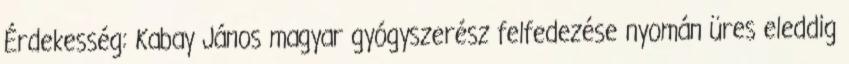
Érdekesség: Kabay János magyar gyógyszerész felfedezése nyomán üres eleddig